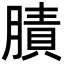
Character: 𦟜